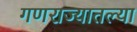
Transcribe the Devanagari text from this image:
गणराज्यातल्या